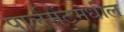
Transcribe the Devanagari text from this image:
पार्लमेंटमधील